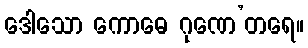
ဒေါသော ကောဓေ ဂုဏေ’တရေ။